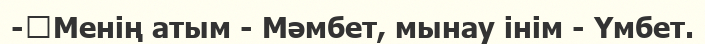
-	Менің атым - Мәмбет, мынау інім - Үмбет.